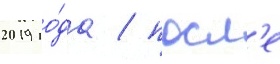
2019 го́да / посл'е